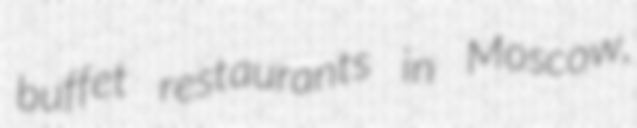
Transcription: buffet restaurants in Moscow,